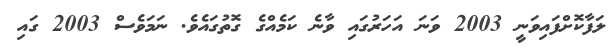
ލަފާކޮށްފައިވަނީ 2003 ވަނަ އަހަރުގައި ވާނެ ކަމެއްގެ ގޮތުގައެވެ. ނަމަވެސް 2003 ގައި